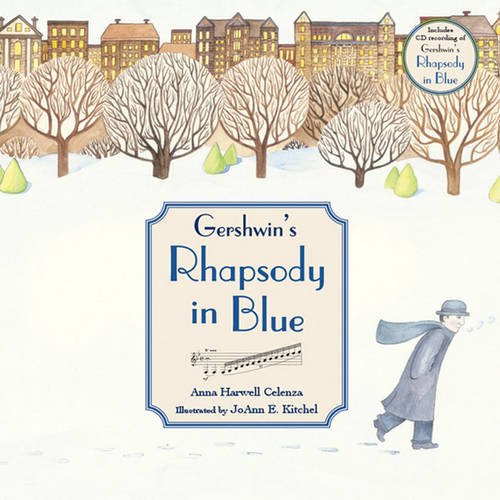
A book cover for Gershwin's Rhapsody in Blue; Anna Harwell Celenza; Children's Books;